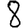
Digit: 8